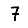
Digit: 7